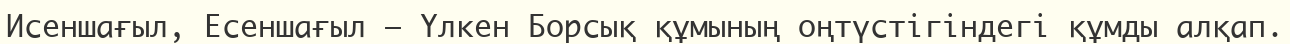
Исеншағыл, Есеншағыл – Үлкен Борсық құмының оңтүстігіндегі құмды алқап.